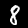
Digit: 8